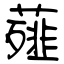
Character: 薤